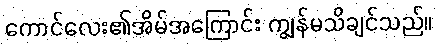
ကောင်လေး၏အိမ်အကြောင်း ကျွန်မသိချင်သည်။